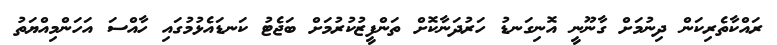
ރައްކާތެރިކަން ދިނުމަށް ގާނޫނީ އޮނިގަނޑު ހަރުދަނާކޮށް ތަންފީޒުކުރުމަށް ބަޖެޓު ކަނޑައެޅުމުގައި ހާއްސަ އަހަންމިއްޔަތު